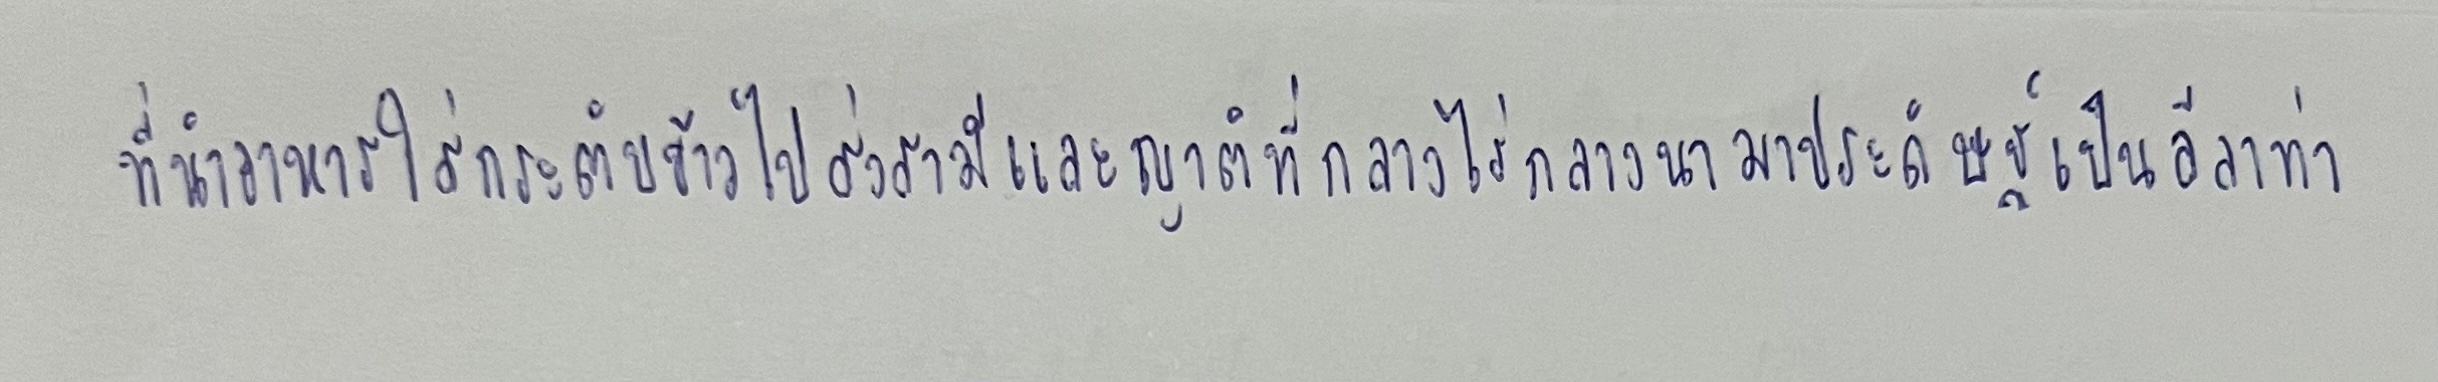
ที่นำอาหารใส่กระติบข้าวไปส่งสามีและญาติที่กลางไร่กลางนามาประดิษฐ์เป็นลีลาท่า